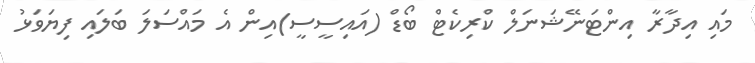
މައި އިދާރާ އިންޓަނޭޝަނަލް ކްރިކެޓް ބޯޑް (އައިސީސީ)އިން އެ މައްސަލަ ބަލައި ފިޔަވަޅު